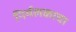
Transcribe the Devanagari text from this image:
निर्मलकाचा